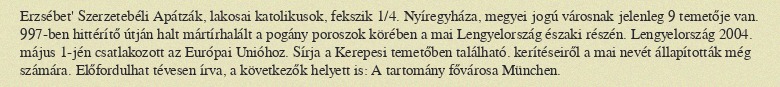
Erzsébet' Szerzetebéli Apátzák, lakosai katolikusok, fekszik 1/4. Nyíregyháza, megyei jogú városnak jelenleg 9 temetője van. 997-ben hittérítő útján halt mártírhalált a pogány poroszok körében a mai Lengyelország északi részén. Lengyelország 2004. május 1-jén csatlakozott az Európai Unióhoz. Sírja a Kerepesi temetőben található. kerítéseiről a mai nevét állapították még számára. Előfordulhat tévesen írva, a következők helyett is: A tartomány fővárosa München.